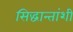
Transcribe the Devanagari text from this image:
सिद्धान्तांशी